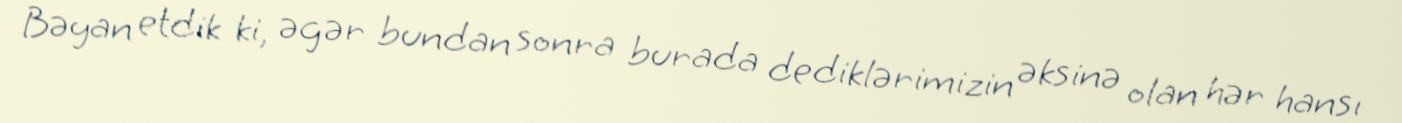
Bəyan etdik ki, əgər bundan sonra burada dediklərimizin əksinə olan hər hansı